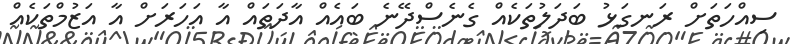
ސިއްހަތަށް ރަނގަޅު ބަދަލުތަކެއް ގެނެސްދޭނެ ބައެއް އާދަތައް އާ އަހަރަށް އާ އަޒުމްތަކެއް